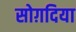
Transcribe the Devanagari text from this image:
सोग़दिया